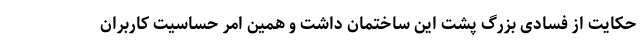
حکایت از فسادی بزرگ پشت این ساختمان داشت و همین امر حساسیت کاربران